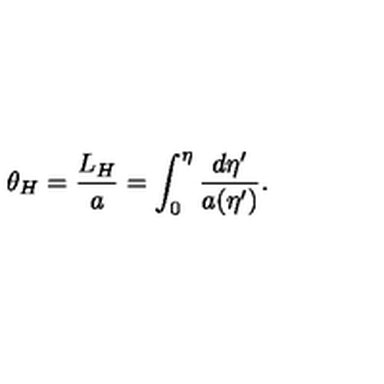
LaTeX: \theta _ { H } = { \frac { L _ { H } } { a } } = \int _ { 0 } ^ { \eta } { \frac { d \eta ^ { \prime } } { a ( \eta ^ { \prime } ) } } .